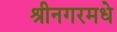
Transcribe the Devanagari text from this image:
श्रीनगरमधे